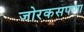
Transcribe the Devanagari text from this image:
जोरकसपणा